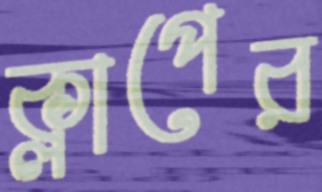
ক্লাপের